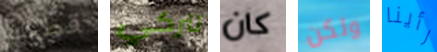
قطتك تتركي كان ولكن رأينا